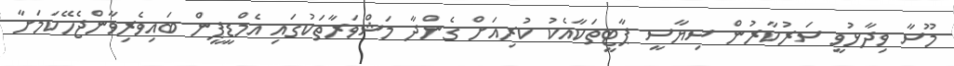
މޫސާ ވިދާޅުވީ ސަރުކާރުން ސިޔާސީ ޕާޓީތަކާއެކު ކުރިއަށް ގެންދާ މަޝްވަރާތަކުގައި އެމްޑީޕީން ބައިވެރިވާންޖެހޭކަމަށާ